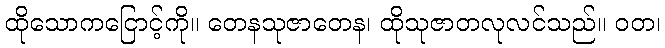
ထိုသောကငြောင့်ကို။ တေနသုဇာတေန၊ ထိုသုဇာတလုလင်သည်။ ဝတ၊